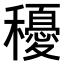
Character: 𥣯